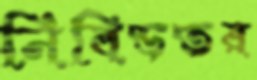
নিবিড়তর